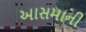
આસમાની